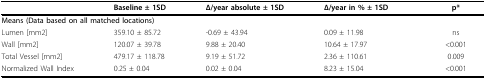
<table><thead><tr><td></td><td><b>Baseline ± 1SD</b></td><td><b>Δ/year absolute ± 1SD</b></td><td><b>Δ/year in % ± 1SD</b></td><td><b>p*</b></td></tr></thead><tbody><tr><td colspan="5"><b>Means (Data based on all matched locations)</b></td></tr><tr><td>Lumen [mm2]</td><td>359.10 ± 85.72</td><td>-0.69 ± 43.94</td><td>0.09 ± 11.98</td><td>ns</td></tr><tr><td>Wall [mm2]</td><td>120.07 ± 39.78</td><td>9.88 ± 20.40</td><td>10.64 ± 17.97</td><td>&lt;0.001</td></tr><tr><td>Total Vessel [mm2]</td><td>479.17 ± 118.78</td><td>9.19 ± 51.72</td><td>2.36 ± 110.61</td><td>0.009</td></tr><tr><td>Normalized Wall Index</td><td>0.25 ± 0.04</td><td>0.02 ± 0.04</td><td>8.23 ± 15.04</td><td>&lt;0.001</td></tr></tbody></table>